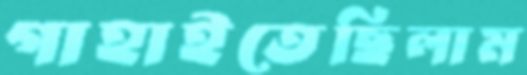
গাহাইতেছিলাম